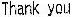
THANK YOU